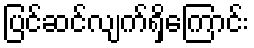
ပြင်ဆင်လျက်ရှိကြောင်း